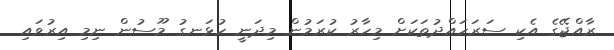
ރާއްޖޭގެ އެކި ސަރަހައްދުތަކަށް މިހާރު ކުރަމުން މިދަނީ ހުޅަނގު މޫސުން ނިމި އިރުވައި